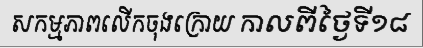
សកម្មភាពលើកចុងក្រោយ កាលពីថ្ងៃទី១៨